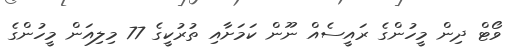
ވޯޓް ދިން މީހުންގެ ރައީސެއް ނޫން ކަމަށާއި ތުރުކީގެ 77 މިލިއަން މީހުންގެ